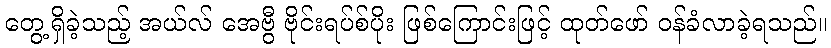
တွေ့ရှိခဲ့သည့် အယ်လ် အေဗွီ ဗိုင်းရပ်စ်ပိုး ဖြစ်ကြောင်းဖြင့် ထုတ်ဖော် ဝန်ခံလာခဲ့ရသည်။